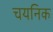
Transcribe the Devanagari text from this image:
चयनिक